Vital statistics of India. Vol. IV, Annual returns from 1871 to 1876. British Army of India, Native Army and jails of Bengal
Year: 1871
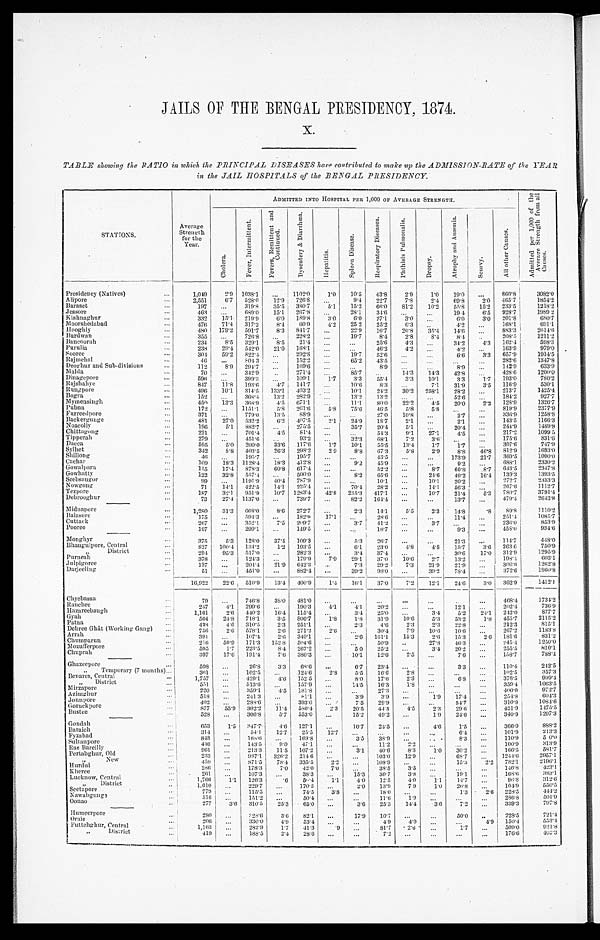
JAILS OF THE BENGAL PRESIDENCY, 1874.
X.
TABLE showing the RATIO in which the PRINCIPAL DISEASES have contributed to make up the ADMISSION-RATE of the YEAR
in the JAIL HOSPITALS of the BENGAL PRESIDENCY.
S T A T I O N S .
Average
Strength for the
Year.
ADMITTED INTO HOSPITAL PER 1,000 OF AVERAGE STRENGTH.
A d m i t t e d p e r 1 , 0 0 0 o f t h e
A v e r a g e S t r e n g t h f r o m a l l
C a u s e s .
C h o l e r a .
F e v e r , I n t e r m i t t e n t .
F e v e r s , R e m i t t e n t a n d
C o n t i n u e d .
D y s e n t e r y & D i a r r h œ a .
H e p a t i t i s .
S p l e e n D i s e a s e .
R e s p i r a t o r y D i s e a s e s .
P h t h i s i s P u l m o n a l i s .
Dropsy.
A t r o p h y a n d A n æ m i a .
Scurvy.
A l l o t h e r C a u s e s .
Presidency (Natives)
1, 049 2.9 1038. 1
1 1 0 2 . 0
1.0 10.5 43.8 2.9 1.0 19. 0
860.8 3082. 0
Alipore
2,551 6.7 528.0 12.9 726.8
9.4 22.7 7.8 2.4 69. 8 2.0 465.7 1854. 2
Baraset
197
319.8 35.5 380.7 5.1 15.2 66. 0 81.2 10.2 55. 8 15.2 233.5 1218. 2
Jessor e
463
689.0 15.1 267.8
28.1 34.6
19.4 6.5 928.7 1989 2
K i s h n a g h u r
332 15.1 219.9 6.0 189.8 3.0 6.0 27.1 3.0
6 . 0 3. 0 201.8 680. 7
Moorshedabad
476 71.4 317.2 8.4 60.9 4.2 25 2 25.2
6 . 3
4. 2
168.1 691.1
Hooghly
4 8 0 179.2 591.7 8.3 841.7
22.9 16.7 20.8 35.4 14. 6
883.3
2 6 1 4 . 6
Burdwan
355
726.8
228.2
19.7 8.4 2.8
8 . 4
8 . 4
208.5
1 2 1 1 . 2
Bancoorah
234 8.5 329.1 8.5 21.4
25.6 4.3
34. 2 4.3 162.4
598. 3
Purulia
238 29.4 542.0 21.0 168.1
46.2 4.2
4. 2
163.9
979.0
Sooree
304 59.2 822.4
292.8
19.7 52.6
6. 6 3.3 657.9
1 9 1 4 . 5
Raj mehal
46
8 0 4 . 3
152.2
65.2 43.5
282.6
1 3 4 7 . 8
Deoghur and Sub-divisions
112 8.9 294.7
169.6
8.9
8 . 9
142.9
6 3 3 . 9
Malda
70
342.9
271.4
85.7
14.3 14.3 42. 8
428.6
1 2 0 0 . 0
Di nagepore
596
399.3
109.1 1.7 3.3 55.4 3.3 10.1 3. 3 1.7 193.0
780. 2
Raj shahye
847 11.8 193.6
4 . 7 141.7
10.6 8.3
7 . 1 31. 9 3.5 116.9
530. 1
Rungpore
496 10.1 314.5 133.1 403.2
10.1 24.2 30.2 258.1 28. 2
213. 7 1425. 4
Bogra
152
368.4 13.2 282.9
13.2 13.2
52. 6
184.2
9 2 7 . 7
Mymensingh
450 13.3 368.9 4.5 671.1
11.1 80.0 22.2 4.5 20. 0 2.2 128.9
1 3 2 6 . 7
Pubna
172
1151.1 5.8 261.6 5.8 75.6 46.5 5.8 5.8
819. 9
2 3 7 7 . 9
Furreedpore
371
779.0 13.5
8 8 . 9
27.0 10.8
2.7
336.9
1 2 5 8 . 8
Backergunge
481 27.0 532.2 6.2 407.5 2.1 24.9 18.7 2.1
2. 1
143.5
1 1 6 6 . 3
Noacolly
196 5.1 882.7
275.5
35.7 20.4 5.1
20.
244. 9
1 4 8 9 . 8
Chittagong
221
701.4 4.5 81.4
54.3
9 . 1 27.1 4.5
217. 2
1 0 9 9 . 5
Tipperah
279
451.6
93.2
32.3 68.1 7.2 3.6
175. 6
8 3 1 . 6
Dacca
595 5.0 200.0 33.6 117.6 1.7 10.1 55.5 13.4 1.7 1.7
307.6
7 4 7 . 9
Sylhet
342
8 . 8 403.5 26.3 298.2 2.9 8.8 67.3 5.8 2.9 8.8 46.8 812.9 1693. 0
Shillong
4 6
195.7
195.7
43.5
173.9
2 1 . 7 369.5
1 0 0 0 . 0
Cachar
109 18.3 1128.4 18.3 412.8
9.2 45.9
9 . 2
688.1 2330. 2
Gowal para
115 17.4 878.3 60.8 617.4
52.2
8.7 60.8 8.7 643.5
2 3 4 7 . 8
Gowhatty
122 32.8 557.4
500.0
8.2 65.6
24.6 49.2 16.4 139.3
1 3 9 3 . 5
Seebsaugor
99
1191.9 40.4
7 8 7 . 9
10.1
10.1 20.2
272.7
2 3 3 3 . 3
Nowgong
71 14.1 422.5 14.1 225.4
70.4 28.2
14.1 56.3
267.6
1 1 1 2 . 7
Tezpore
187 32.1 951.9 10.7 1283.4 42.8 235.3 417.1
10.7 21.4 5.3 780.7
3 7 9 1 . 4
Debrooghur
73 27.4 1137.0
739.7
82.2 164.4
13.7
479.4 2643. 8
Midnapore
1 , 2 8 0 31.3 668.0 8.6 272.7
2.3 14.1 5.5 2.3 14.8 .8
8 9 . 8
1 1 1 0 . 2
Balasore
1 7 5
5 9 4 . 3
182.9 17.1
2 8 . 6
11.4
251.4
1 0 8 5 . 7
Cuttack
267
352.1 7.5 209.7
3.7 41.2
3.7
236.0
8 5 3 . 9
Pooree
107
299.1
149.5
18.7
9.3
458.0
934. 6
Monghyr
375 5.3 128.0 37.4 109.3
5.3 26.7
21.3
114.7
4 4 8 . 0
Bhaugulpore, Central
827 100.4 134.2 1.2 193.5
6.1 23.0 4.8
4 . 8 15.7 3.6 263.6
7 5 0 . 9
" D i s t r i c t
294 95.3 517.0
282.3
3.4 37.4
30.6 17.0 312.9
1 2 9 5 . 9
Purneah
378
1 2 4 . 3
179.9 7.9 29.1 37.0 10.6
2 . 7 13.2
1 9 8 . 4
6 0 3 . 1
Julpigoree
137
2 0 4 . 4
2 1 . 9 642.3
7.3 29.2 7.3 21.9 21.9
306.6
1 2 6 2 . 8
Darjeeling
51
451.0
882.4
39.2 98.0
39.2 78.4
372.6
1 9 6 0 . 8
16, 922
22.6 510.9 13.4 400.9 1.4 16.1 37.0 7.2 12.1 24.6 3.0 362.9 1412.1
Chyebassa
79
746.8 38.0 481.0
4 6 8 . 4 1734 2
Ranchee
247 4.1 299.6
190.3 4.1 4.1 20.2
12.1
202.4
7 3 6 . 9
Hazareebaugh
1,161 2.6 440.2 16.4 115.4
3.4 25.0
3.4 5.2 24.1 242.0
8 7 7 . 7
Gyah
564 24.8 718.1 3.5
8 0 6 . 7 1.8
1 . 8
3 1 . 9
1 0 . 6 5.3 53.2 1.8 455.7
2 1 1 5 . 2
Patna
438 4.6 310.5 2.3 251.1
2.3 4.6 2.3 2.3 22.8
212.3
8 1 5 . 1
Dehree Ghât (Working Gang)
756 2.6 578.1 2.6 271.2 2.6
30.4 7.9
1 0 . 6 10.6
267.2
1 1 8 3 . 8
Arrah
391
107.4
2 . 6 340.1
2.6 161.1 15.3 2.6 15.3 2.6
1 8 1 . 6
8 3 1 . 2
Chumparun
216 50.9 171.3 152.8 504.6
50.9
27.8 46.3
245.4
1 2 5 0 . 0
Mozufferpore
5 9 5 1.7 223.5 8.4 267.2
5.0 25.2
3.4 20.2
255.5
8 1 0 . 1
Chuprah
397 17.6 191.4 7.6 380.3
10.1 12.6 2.5
7 . 6
158.7
7 8 8 . 4
Ghazeepore
598
26.8 3.3 68.6
6.7 23.4
3.3
110.4
242. 5
" Tempor ar y ( 7 mont hs)
361
102.5
124.6 2.8 5.5 16.6 2.8
1 0 2 . 5
3 5 7 . 3
B e n a r e s , C e n t r a l
1,757
429.1
4 . 6 152.5
8.0 17.62.3
6.8
3 7 8 . 5
9 9 9 . 4
" D i s t r i c t
5 5 1
513.6
157.9
14.5 16.3 1.8
3 5 9 . 4
1 0 6 3 . 5
Mirzapore
220
359.1 4.5 181.8
27.3
4 0 0 . 0
9 7 2 . 7
Azimghur
518
241.3
8 1 . 1
3.9 3.9
1.9 17.4
254.8
6 0 4 . 3
Jounpore
402
288.6
393.0
7.5 29.9
54.7
310.9
1084. 6
Goruckpore
877 55.9 302.2
1 1 . 4 580.4 2.3 20.5
4 4 . 5 4.5 2.3
2 9 . 6
421.9 1475. 5
Bustee
528
306.8 5.7 553.0
15.2 49.2
1 . 9 24.6
340.9
1 2 9 7 . 3
Gondah
6 5 3 l .5
3 4 7 . 7 4.6 127.1
10.7 24.5
4.6
1 . 5
366.0
8 8 8 . 2
Baraich
314
54. 1 12.7 25.5 12.7
6.4
101.9
2 1 3 . 3
Fyzabad
848
168.6
169.8
3.5 38.9
8.3
110.9
5 0 . 0
Sultanpore
446
143.5 9.0 47.1
11.2 2.2
100.9
3 1 3 . 9
Rae Bareilly
961
213.3 11.5 107.2
3.1 40.6 8.3 1.0 30.2
166.5
5 8 1 . 7
Pertabghur, Old
233
987.1 326.2 214.6
103.0 12.9
68.7
1244.6
2 9 5 7 . 1
" New
459
871.5 78.4 335.5
2. 2
108.9
15.3 2. 2 782.1
2 1 9 6 . 1
Hurdui
286
178. 3 7.0 42. 0
7. 0
38.5 3.5
146.8
4 2 3 . 1
Kheree
261
107. 3
38. 3
15.3 30.7 3.8
19.1
168.6
3 8 3 . 1
Lucknow, Central
1,766 1. 1 126. 3
.6 56. 4
1 . 1 4.0 12.5 4.0 1. 1 14.7
96.8
312. 6
" D i s t r i c t
1,010
229. 7
170. 3
2.0 13.9 7 9 1.0 20.8
104.9
5 5 0 . 5
Seetapore
779
1 1 5 . 5
74. 5 3.8
18.0
1.3 2. 6 228.5
4 4 4 . 2
Nawabgunge
516
151. 2
50.4
11.6 1.9
286.8
5 0 1 . 9
Oonao
277 3.6 310. 5 25. 3 65. 0
3.6 25.3 14.4 3.6 7.2
339.3
7 9 7 . 8
Humeer por e
280
3 2 8 . 6 3. 6 82. 1
17. 9 10.7
50.0
228.5
7 2 1 . 4
Oraie
206
330. 0 4. 9 53. 4
4.9 4.9
4. 9 150.4
5 5 3 . 4
Futtehghur, Central
1, 163
282. 9 1. 7 41. 3
. 9
81.7 2.6
1.7
509.0
9 2 1 . 8
" District
419
188. 5 2. 4 28. 6
7.2
176.6 4 0 3 . 3